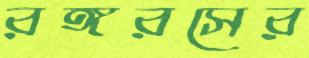
রঙ্গরসের